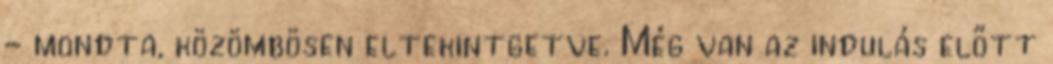
- mondta, közömbösen eltekintgetve. Még van az indulás előtt